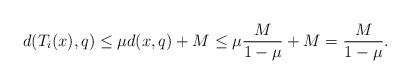
LaTeX: \begin{align*}d(T_i(x),q)\le \mu d(x,q)+M \le \mu \frac{M}{1-\mu}+M = \frac{M}{1-\mu}.\end{align*}